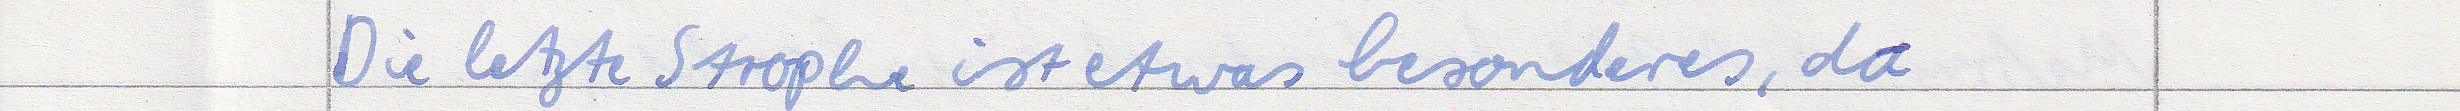
Die letzte Strophe ist etwas besonderes, da